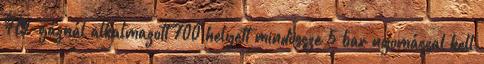
H2-gáznál alkalmazott 700 helyett mindössze 5 bar nyomással kell